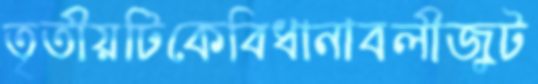
তৃতীয়টিকেবিধানাবলীজুট